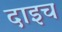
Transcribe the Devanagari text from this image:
दाइच